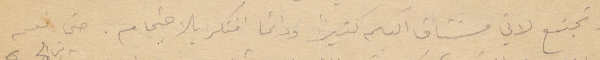
ونجتمع لاني مشتاق اليكم كثيرًا ودائمًا افتكر بالاحتجام. حتى نعم